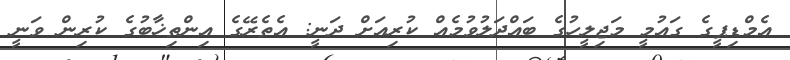
އެމްޑިޕީގެ ގައުމީ މަޖިލީހުގެ ބައްދަލުވުމެއް ކުރިއަށް ދަނީ: އެތެރޭގެ އިންތިޚާބުގެ ކުރިން ވަނީ